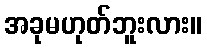
အခုမဟုတ်ဘူးလား။